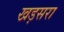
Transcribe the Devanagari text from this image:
खड़सरा